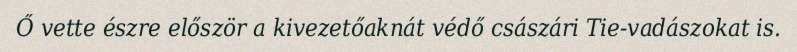
Ő vette észre először a kivezetőaknát védő császári Tie-vadászokat is.